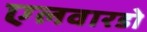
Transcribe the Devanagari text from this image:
एलवारडो